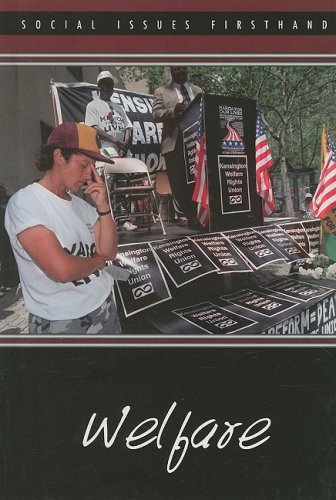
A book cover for Welfare (Social Issues Firsthand); Katherine Swarts; Teen & Young Adult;